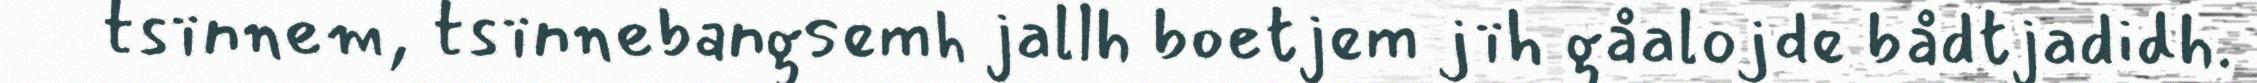
tsïnnem, tsïnnebangsemh jallh boetjem jïh gåalojde bådtjadidh.